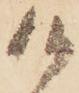
候